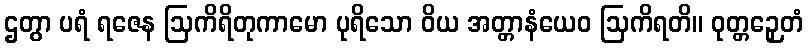
ဌတွာ ပရံ ရဇေန ဩကိရိတုကာမော ပုရိသော ဝိယ အတ္တာနံယေဝ ဩကိရတိ။ ဝုတ္တဉှေတံ